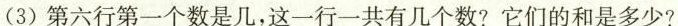
(3)第六行第一个数是几，这一行一共有几个数?它们的和是多少?